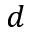
d